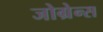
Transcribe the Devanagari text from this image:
जोग्रेन्स